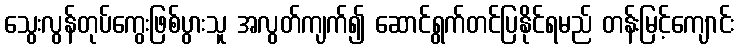
သွေးလွန်တုပ်ကွေးဖြစ်ပွားသူ အလွတ်ကျက်၍ ဆောင်ရွက်တင်ပြနိုင်ရမည် တန်းမြင့်ကျောင်း